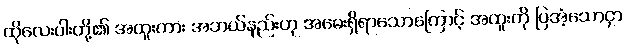
ထိုလေးပါးတို့၏ အထူးကား အဘယ်နည်းဟု အမေးရှိရာသောကြောင့် အထူးကို ပြအံ့သောငှာ